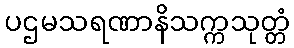
ပဌမသရဏာနိသက္ကသုတ္တံ